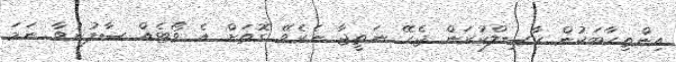
އިންތިހާބަކުން ހާސިލްކުރަން ޖެހޭ ނަތީޖާ ނެރެވޭ ގޮތަށް އެ ވޯޓެއް ސާފުނުވާ ނަމަ